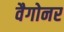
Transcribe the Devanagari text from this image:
वैगोनर